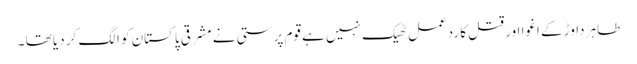
طاہر داوڑ کے اغوا اور قتل کا ردعمل ٹھیک نہیں ہے قوم پرستی نے مشرقی پاکستان کو الگ کر دیا تھا ۔